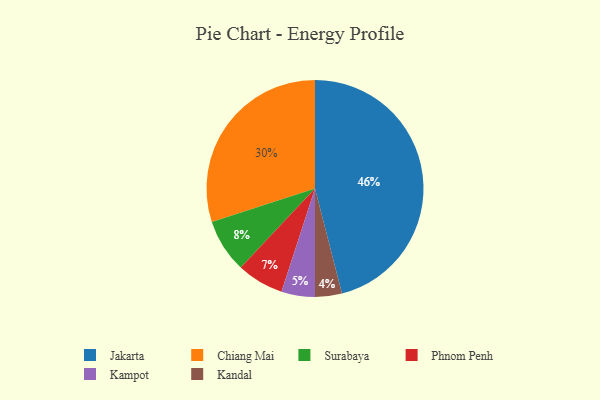
{"axis": {"x": "Category", "y": "Percentage"}, "legend": ["Chiang Mai", "Jakarta", "Kampot", "Kandal", "Phnom Penh", "Surabaya"], "data": [{"x": "Kandal", "y": 4, "type": "Kandal"}, {"x": "Phnom Penh", "y": 7, "type": "Phnom Penh"}, {"x": "Surabaya", "y": 8, "type": "Surabaya"}, {"x": "Jakarta", "y": 46, "type": "Jakarta"}, {"x": "Kampot", "y": 5, "type": "Kampot"}, {"x": "Chiang Mai", "y": 30, "type": "Chiang Mai"}]}